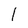
Character: l